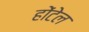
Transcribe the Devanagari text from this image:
होंटेल